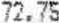
72.75